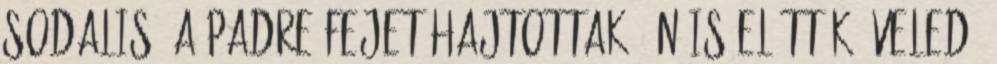
Sodalis, a Padre fejet hajtottak. Én is előttük. Veled,